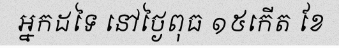
អ្នកដទៃ នៅថ្ងៃពុធ ១៥កើត ខែ